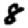
Digit: 8